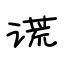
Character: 谎